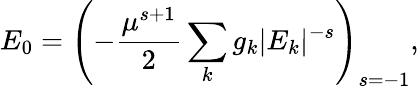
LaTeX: E_{0}=\left(-\frac{\mu^{s+1}}{2}\sum_{k}g_{k}|E_{k}|^{-s}\right)_{s=-1},